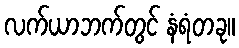
လက်ယာဘက်တွင် နံရံတခု။